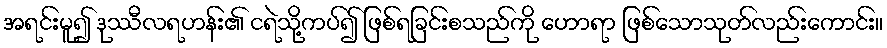
အရင်းမူ၍ ဒုဿီလရဟန်း၏ ငရဲသို့ကပ်၍ ဖြစ်ရခြင်းစသည်ကို ဟောရာ ဖြစ်သောသုတ်လည်းကောင်း။